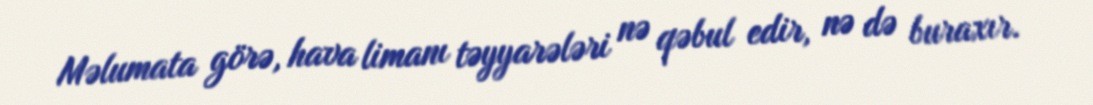
Məlumata görə, hava limanı təyyarələri nə qəbul edir, nə də buraxır.